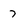
Character: 7